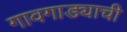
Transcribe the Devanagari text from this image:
गावगाड्याची